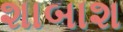
શાબાશ